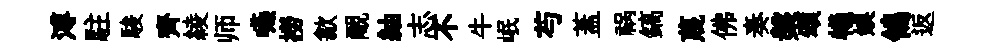
溥駐駿齊綾师嚥撈歙覼紬志不牛岷芍蓋祸鎬蔑佛奏槃頌犧娱鴒返